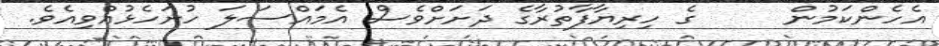
އެހެންކަމުން     ގެ ހިރިޔާފާތުރާގެ ދަށަށްވެސް އެމައްސަލަ ހުށަހެޅުއްވިއެވެ.